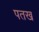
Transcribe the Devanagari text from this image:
पतख